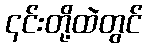
၎င်းတို့ထဲတွင်